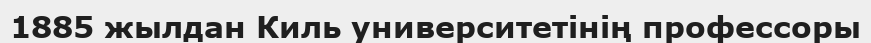
1885 жылдан Киль университетінің профессоры